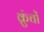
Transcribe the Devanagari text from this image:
क्रुंचों